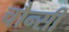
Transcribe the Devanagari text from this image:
चौन्सी